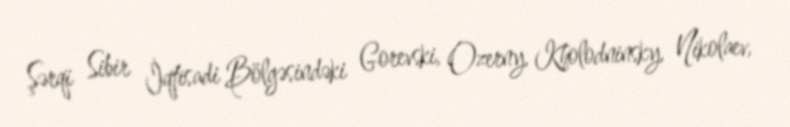
Şərqi Sibir İqtisadi Bölgəsindəki Gorevski, Ozerny, Kholodninsky, Nikolaev,